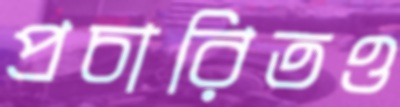
প্রচারিতও